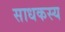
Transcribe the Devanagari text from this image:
साधकस्य